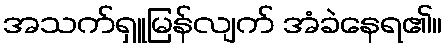
အသက်ရှူမြန်လျက် အံခဲနေရ၏။